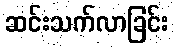
ဆင်းသက်လာခြင်း